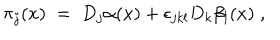
LaTeX: \pi _ { j } ( x ) \; = \; D _ { j } \alpha ( x ) + \epsilon _ { j k l } D _ { k } \beta _ { l } ( x ) \; ,